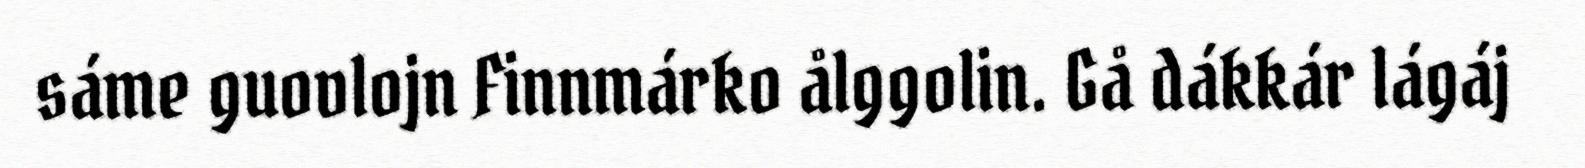
sáme guovlojn Finnmárko ålggolin. Gå dákkár lágáj